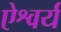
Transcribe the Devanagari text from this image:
ऐश्वर्य